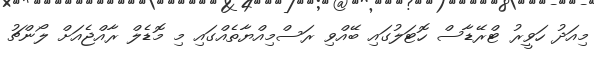
މިއަދު ހަވީރު ޓްރޭޑާސް ހޮޓަލުގައި ބޭއްވި ރަސްމިއްޔާތެއްގައި މި މޮޑެލް ރާއްޖެއަށް ލޯންޗު